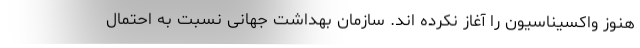
هنوز واکسیناسیون را آغاز نکرده اند. سازمان بهداشت جهانی نسبت به احتمال